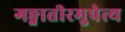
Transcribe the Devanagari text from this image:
गङ्गातीरमुपेत्य